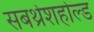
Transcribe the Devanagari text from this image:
सबथ्रेशहोल्ड